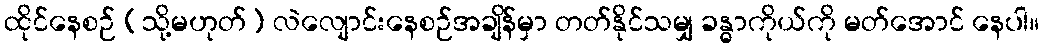
ထိုင်နေစဉ် (သို့မဟုတ်) လဲလျောင်းနေစဉ်အချိန်မှာ တတ်နိုင်သမျှ ခန္ဓာကိုယ်ကို မတ်အောင် နေပါ။